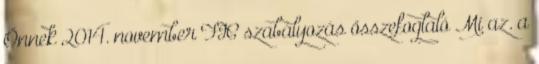
Önnek 2014. november FIC szabályozás összefoglaló Mi az. a